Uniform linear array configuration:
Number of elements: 48
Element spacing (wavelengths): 0.25
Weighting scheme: cosine
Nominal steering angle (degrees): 45
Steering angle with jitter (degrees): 43.625
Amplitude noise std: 0.05
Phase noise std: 0.05

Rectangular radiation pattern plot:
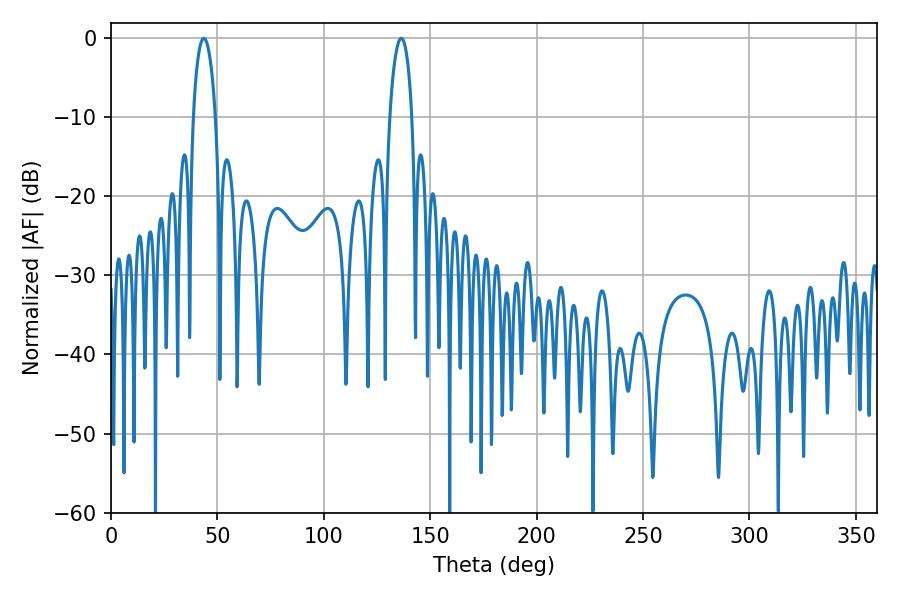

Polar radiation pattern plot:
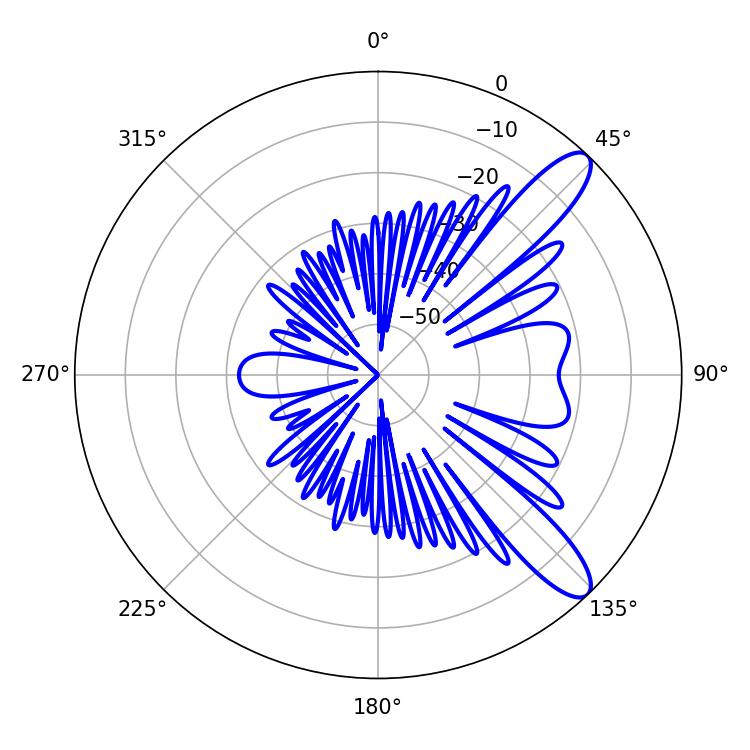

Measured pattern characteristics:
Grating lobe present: FALSE
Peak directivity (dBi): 10.936
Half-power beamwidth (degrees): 5.94
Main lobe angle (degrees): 43.56